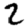
Digit: 2